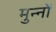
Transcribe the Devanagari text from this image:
मुन्नों